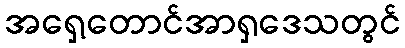
အရှေ့တောင်အာရှဒေသတွင်